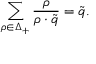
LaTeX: \sum _ { \rho \in \Delta _ { + } } { \frac { \rho } { \rho \cdot \tilde { q } } } = \tilde { q } .